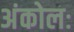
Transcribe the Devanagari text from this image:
अंकोलः